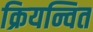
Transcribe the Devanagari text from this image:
क्रियन्वित